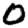
Digit: 0